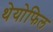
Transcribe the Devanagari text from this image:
थेयोफिल